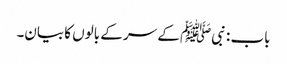
باب : نبیﷺ کے سر کے بالوں کا بیان۔